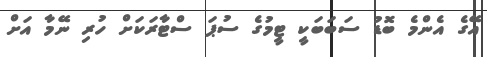
އޭގެ އެންމެ ބޮޑު ސަބަބަކީ ޓީމުގެ ސުޕަ ސްޓާރަކަށް ހުރި ނޭމާ އަށް